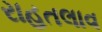
રાહતલાવ